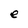
Character: e